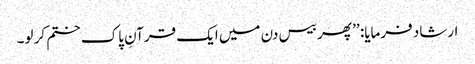
ارشاد فرمایا: ’’ پھر بیس دن میں ایک قرآنِ پاک ختم کر لو۔